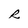
Character: R